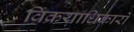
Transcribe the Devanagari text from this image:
विक्रयाधिकारों